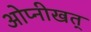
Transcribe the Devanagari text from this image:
ओप्नीखत्